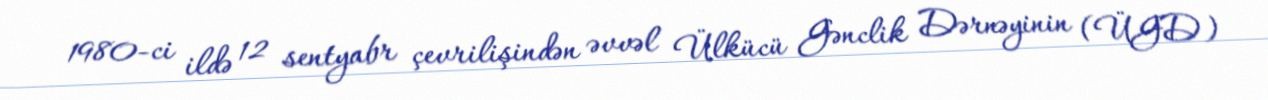
1980-ci ildə 12 sentyabr çevrilişindən əvvəl Ülkücü Gənclik Dərnəyinin (ÜGD)